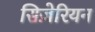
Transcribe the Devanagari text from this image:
सिज़ेरियन